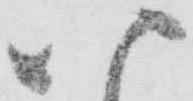
八